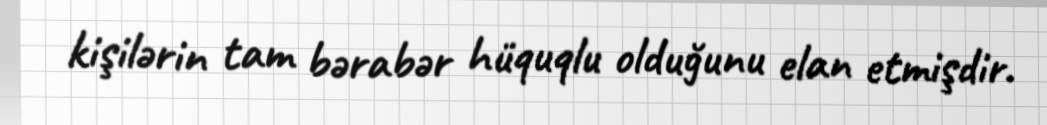
kişilərin tam bərabər hüquqlu olduğunu elan etmişdir.